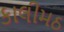
કાલીમઠ